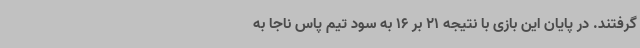
گرفتند. در پایان این بازی با نتیجه 21 بر 16 به سود تیم پاس ناجا به